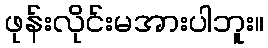
ဖုန်းလိုင်းမအားပါဘူး။